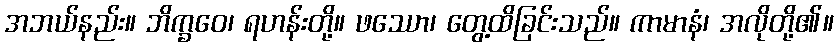
အဘယ်နည်း။ ဘိက္ခဝေ၊ ရဟန်းတို့။ ဖဿော၊ တွေ့ထိခြင်းသည်။ ကာမာနံ၊ အလိုတို့၏။